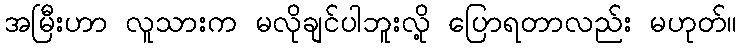
အမြီးဟာ လူသားက မလိုချင်ပါဘူးလို့ ပြောရတာလည်း မဟုတ်။